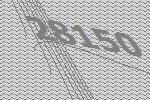
28150